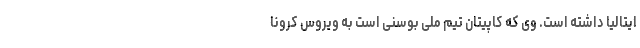
ایتالیا داشته است. وی که کاپیتان تیم ملی بوسنی است به ویروس کرونا